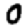
Digit: 0